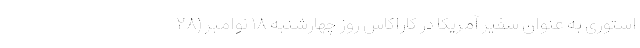
استوری به عنوان سفیر آمریکا در کاراکاس روز چهارشنبه ۱۸ نوامبر (۲۸